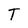
Character: T